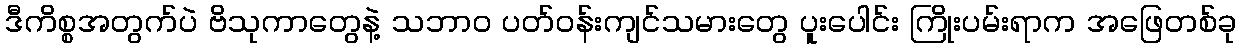
ဒီကိစ္စအတွက်ပဲ ဗိသုကာတွေနဲ့ သဘာဝ ပတ်ဝန်းကျင်သမားတွေ ပူးပေါင်း ကြိုးပမ်းရာက အဖြေတစ်ခု